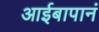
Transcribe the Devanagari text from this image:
आईबापानं